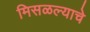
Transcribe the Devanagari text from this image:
मिसळल्याचे